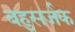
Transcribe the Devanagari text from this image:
बहुसर्जक